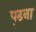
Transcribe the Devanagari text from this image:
प़ढना